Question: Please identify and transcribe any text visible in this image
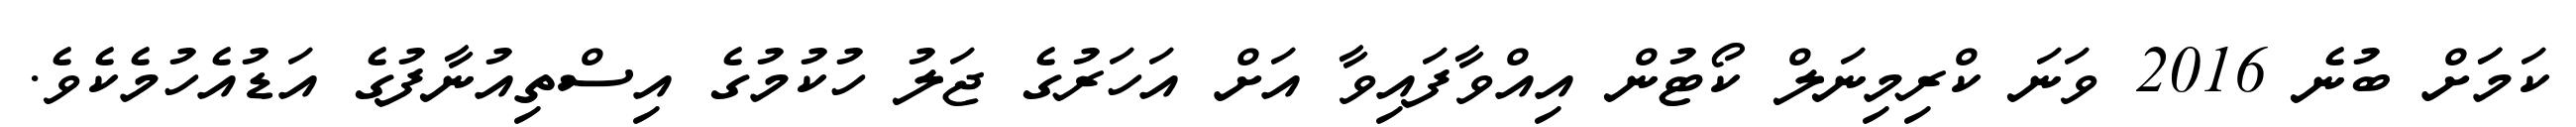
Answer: ކަމަަށް ބުނެ 2016 ވަނަ ކްރިމިނަލް ކޯޓުން އިއްވާފައިވާ އަށް އަހަރުގެ ޖަލު ހުކުމުގެ އިސްތިއުނާފުގެ އަޑުއެހުމެކެވެ.